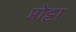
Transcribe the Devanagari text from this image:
प्रोट्टा